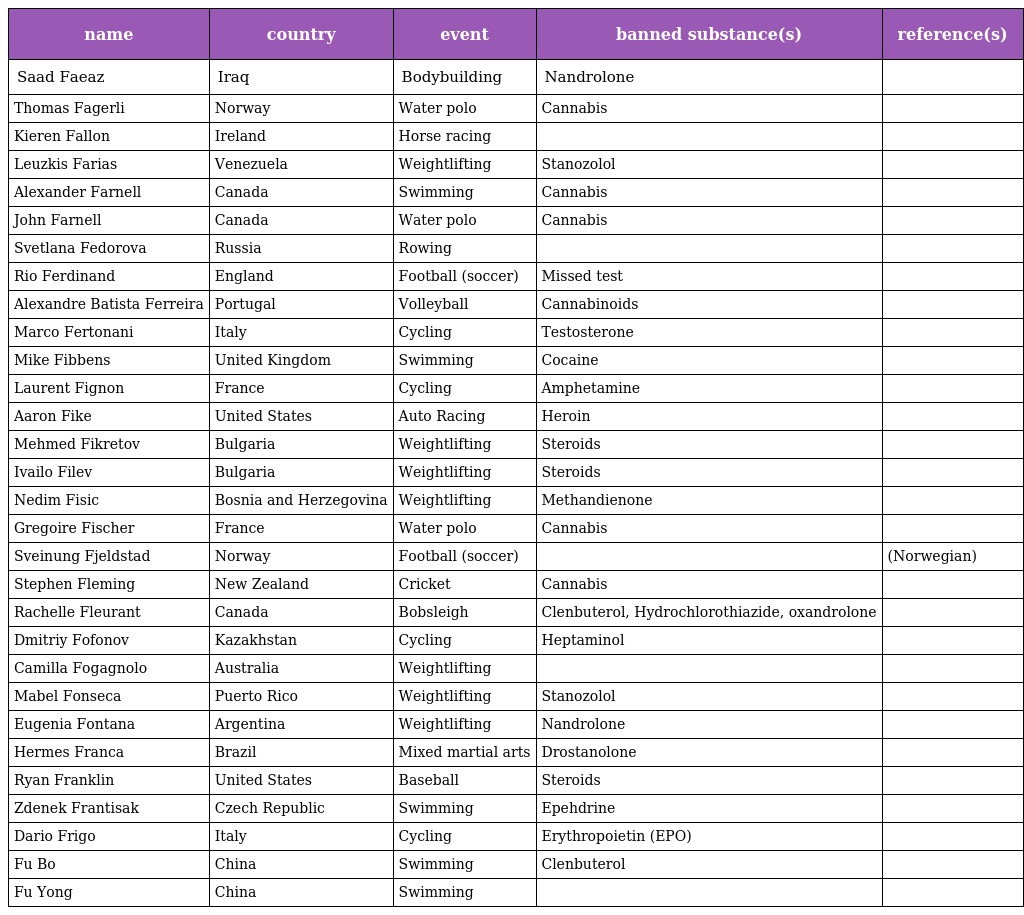
| name | country | event | banned substance(s) | reference(s) |
 | --- | --- | --- | --- | --- |
 | Saad Faeaz | Iraq | Bodybuilding | Nandrolone |  |
 | Thomas Fagerli | Norway | Water polo | Cannabis |  |
 | Kieren Fallon | Ireland | Horse racing |  |  |
 | Leuzkis Farias | Venezuela | Weightlifting | Stanozolol |  |
 | Alexander Farnell | Canada | Swimming | Cannabis |  |
 | John Farnell | Canada | Water polo | Cannabis |  |
 | Svetlana Fedorova | Russia | Rowing |  |  |
 | Rio Ferdinand | England | Football (soccer) | Missed test |  |
 | Alexandre Batista Ferreira | Portugal | Volleyball | Cannabinoids |  |
 | Marco Fertonani | Italy | Cycling | Testosterone |  |
 | Mike Fibbens | United Kingdom | Swimming | Cocaine |  |
 | Laurent Fignon | France | Cycling | Amphetamine |  |
 | Aaron Fike | United States | Auto Racing | Heroin |  |
 | Mehmed Fikretov | Bulgaria | Weightlifting | Steroids |  |
 | Ivailo Filev | Bulgaria | Weightlifting | Steroids |  |
 | Nedim Fisic | Bosnia and Herzegovina | Weightlifting | Methandienone |  |
 | Gregoire Fischer | France | Water polo | Cannabis |  |
 | Sveinung Fjeldstad | Norway | Football (soccer) |  | (Norwegian) |
 | Stephen Fleming | New Zealand | Cricket | Cannabis |  |
 | Rachelle Fleurant | Canada | Bobsleigh | Clenbuterol, Hydrochlorothiazide, oxandrolone |  |
 | Dmitriy Fofonov | Kazakhstan | Cycling | Heptaminol |  |
 | Camilla Fogagnolo | Australia | Weightlifting |  |  |
 | Mabel Fonseca | Puerto Rico | Weightlifting | Stanozolol |  |
 | Eugenia Fontana | Argentina | Weightlifting | Nandrolone |  |
 | Hermes Franca | Brazil | Mixed martial arts | Drostanolone |  |
 | Ryan Franklin | United States | Baseball | Steroids |  |
 | Zdenek Frantisak | Czech Republic | Swimming | Epehdrine |  |
 | Dario Frigo | Italy | Cycling | Erythropoietin (EPO) |  |
 | Fu Bo | China | Swimming | Clenbuterol |  |
 | Fu Yong | China | Swimming |  |  |